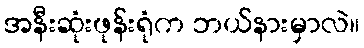
အနီးဆုံးဖုန်းရုံက ဘယ်နားမှာလဲ။